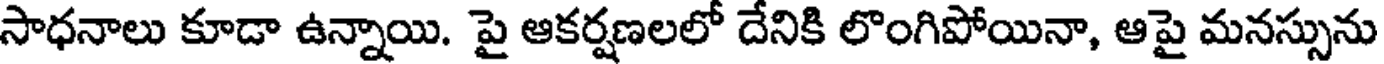
సాధనాలు కూడా ఉన్నాయి. పై ఆకర్షణలలో దేనికి లొంగిపోయినా, ఆపై మనస్సును